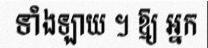
ទាំងឡាយ ។ ឱ្យ អ្នក